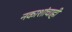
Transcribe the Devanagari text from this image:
नकाशांचाही